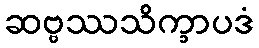
ဆဗ္ဗဿသိက္ခာပဒံ